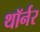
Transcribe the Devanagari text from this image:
थॉर्नर